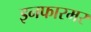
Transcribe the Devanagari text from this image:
इनफारमर